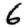
Digit: 6